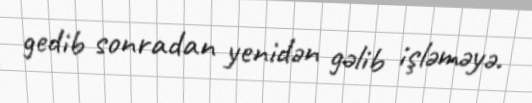
gedib sonradan yenidən gəlib işləməyə.